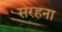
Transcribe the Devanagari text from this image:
सरहना